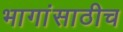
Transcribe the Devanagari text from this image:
भागांसाठीच